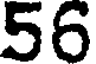
56